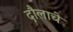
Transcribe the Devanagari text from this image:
दौलाचे